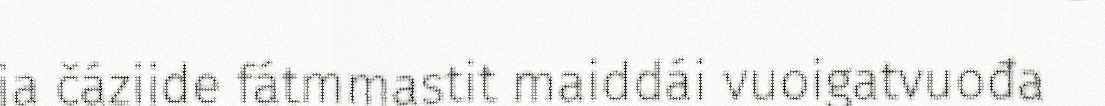
ja čáziide fátmmastit maiddái vuoigatvuođa